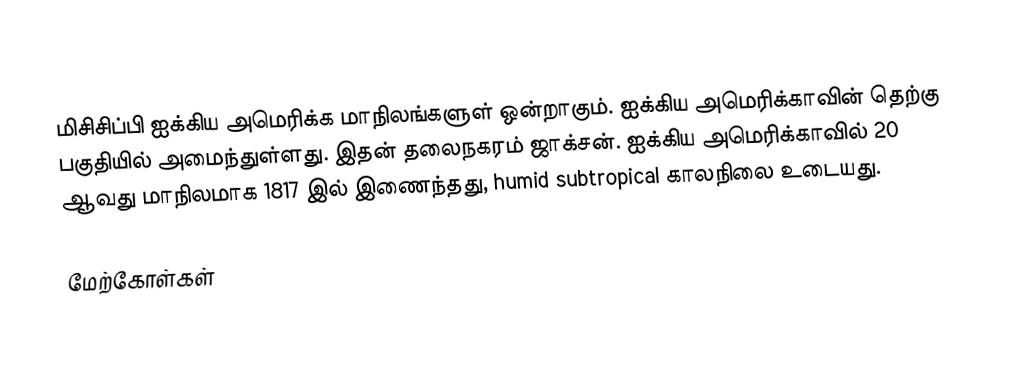
மிசிசிப்பி ஐக்கிய அமெரிக்க மாநிலங்களுள் ஒன்றாகும். ஐக்கிய அமெரிக்காவின் தெற்கு பகுதியில் அமைந்துள்ளது. இதன் தலைநகரம் ஜாக்சன். ஐக்கிய அமெரிக்காவில் 20 ஆவது மாநிலமாக 1817 இல் இணைந்தது, humid subtropical  காலநிலை உடையது.

மேற்கோள்கள்